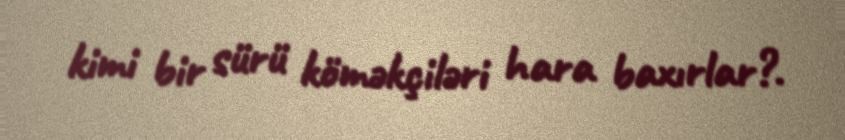
kimi bir sürü köməkçiləri hara baxırlar?.